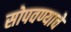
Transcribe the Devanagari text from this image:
सोपवण्याचे